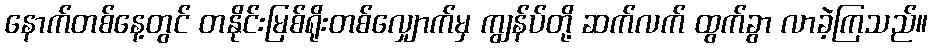
နောက်တစ်နေ့တွင် တနိုင်းမြစ်ရိုးတစ်လျှောက်မှ ကျွန်ပ်တို့ ဆက်လက် ထွက်ခွာ လာခဲ့ကြသည်။